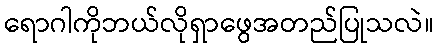
ရောဂါကိုဘယ်လိုရှာဖွေအတည်ပြုသလဲ။